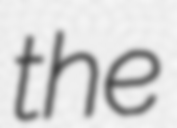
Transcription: the